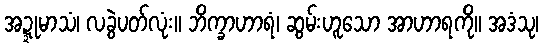
အဍ္ဍုမာသံ၊ လခွဲပတ်လုံး။ ဘိက္ခာဟာရံ၊ ဆွမ်းဟူသော အာဟာရကို။ အဒံသု၊